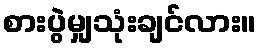
စားပွဲမျှသုံးချင်လား။